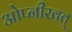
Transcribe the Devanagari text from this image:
ओप्नीखत्